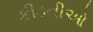
કીડનીઓ